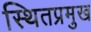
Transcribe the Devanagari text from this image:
स्थितप्रमुख